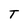
Character: T